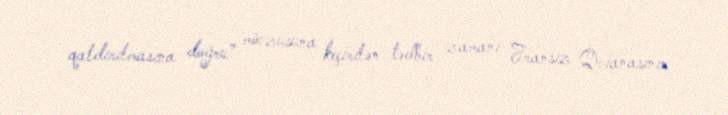
qaldırılmasına doğru” mövzusuna keçirilən tədbir zamanı Fransız Qvianasının